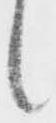
候